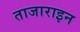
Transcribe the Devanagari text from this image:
ताजाराइन